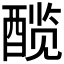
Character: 𬪯